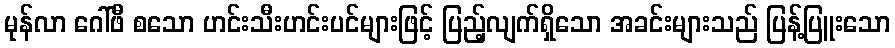
မုန်လာ ဂေါ်ဖီ စသော ဟင်းသီးဟင်းပင်များဖြင့် ပြည့်လျက်ရှိသော အခင်းများသည် ပြန့်ပြူးသော